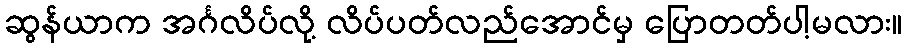
ဆွန်ယာက အင်္ဂလိပ်လို့ လိပ်ပတ်လည်အောင်မှ ပြောတတ်ပါ့မလား။